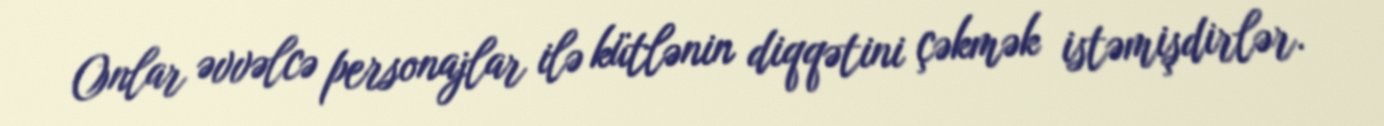
Onlar əvvəlcə personajlar ilə kütlənin diqqətini çəkmək istəmişdirlər.